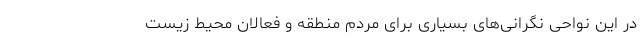
در این نواحی نگرانی‌های بسیاری برای مردم منطقه و فعالان محیط زیست